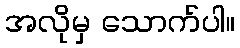
အလိုမှ သောက်ပါ။